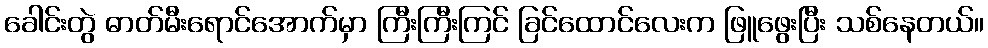
ခေါင်းတွဲ ဓာတ်မီးရောင်အောက်မှာ ကြီးကြီးကြင် ခြင်ထောင်လေးက ဖြူဖွေးပြီး သစ်နေတယ်။